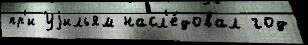
пр'и Уjильям насл'е́довал год